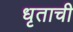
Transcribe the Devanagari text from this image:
धृताची